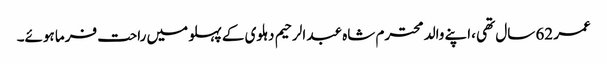
عمر 62 سال تھی ،اپنے والد محترم شاہ عبد الرحیم دہلوی کے پہلو میں راحت فرما ہوئے۔